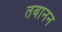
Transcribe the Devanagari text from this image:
तबानन